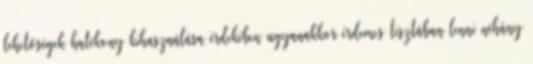
lehetőségek hatékony kihasználása érdekében ugyanakkor érdemes tisztában lenni néhány